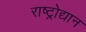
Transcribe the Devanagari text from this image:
राष्ट्रोद्यान